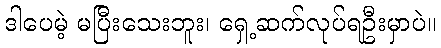
ဒါပေမဲ့ မပြီးသေးဘူး၊ ရှေ့ဆက်လုပ်ရဦးမှာပဲ။